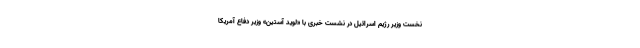
نخست وزیر رژیم اسرائیل در نشست خبری با «لوید آستین» وزیر دفاع آمریکا